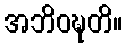
အဘိဝဍ္ဎတိ။